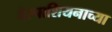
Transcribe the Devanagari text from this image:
वेस्पाशियनाच्या